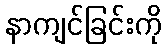
နာကျင်ခြင်းကို